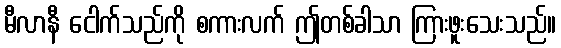
မီလာနီ ငေါက်သည်ကို စကားလက် ဤတစ်ခါသာ ကြားဖူးသေးသည်။